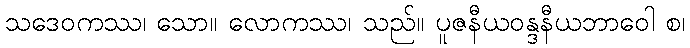
သဒေဝကဿ၊ သော။ လောကဿ၊ သည်။ ပူဇနီယဝန္ဒနီယဘာဝေါ စ၊